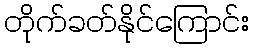
တိုက်ခတ်နိုင်ကြောင်း